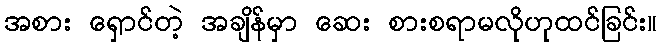
အစား ရှောင်တဲ့ အချိန်မှာ ဆေး စားစရာမလိုဟုထင်ခြင်း။